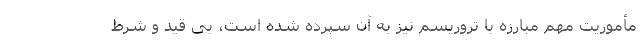
مأموریت مهم مبارزه با تروریسم نیز به آن سپرده شده است، بی قید و شرط